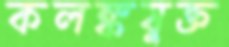
কলঙ্কযুক্ত